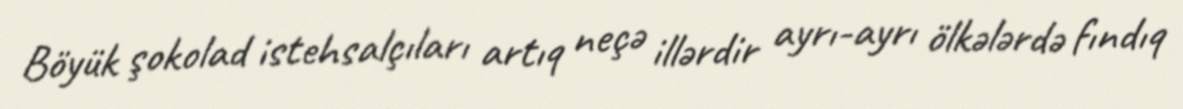
Böyük şokolad istehsalçıları artıq neçə illərdir ayrı-ayrı ölkələrdə fındıq